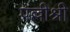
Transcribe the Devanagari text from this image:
पल्लीश्री